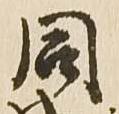
同